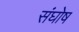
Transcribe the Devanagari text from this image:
संघोष